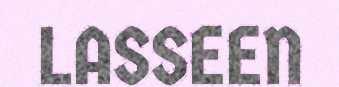
LASSEEN